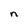
Character: n